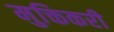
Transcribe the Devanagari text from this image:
मुक्तिकरी